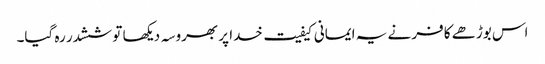
اس بوڑھے کافر نے یہ ایمانی کیفیت خدا پر بھروسہ دیکھا تو ششدر رہ گیا۔